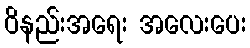
ဝိနည်းအရေး အလေးပေး